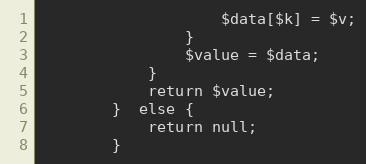
Language: PHP
					$data[$k] = $v;
				}
				$value = $data;
			}
			return $value;
		}  else {
			return null;
		}